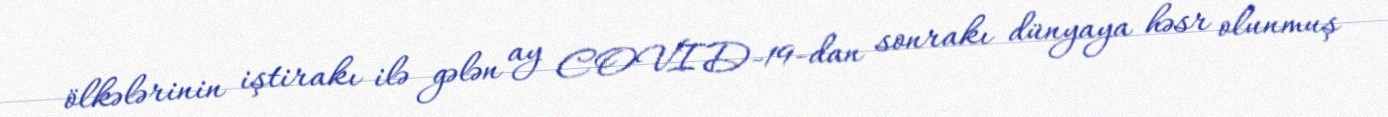
ölkələrinin iştirakı ilə gələn ay COVID-19-dan sonrakı dünyaya həsr olunmuş